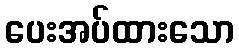
ပေးအပ်ထားသော